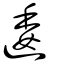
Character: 逶